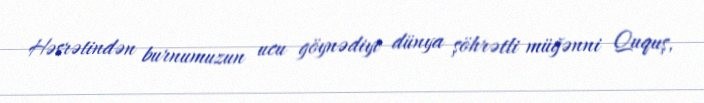
Həsrətindən burnumuzun ucu göynədiyi dünya şöhrətli müğənni Ququş,